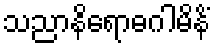
သညာနိရောဓဂါမိနိံ